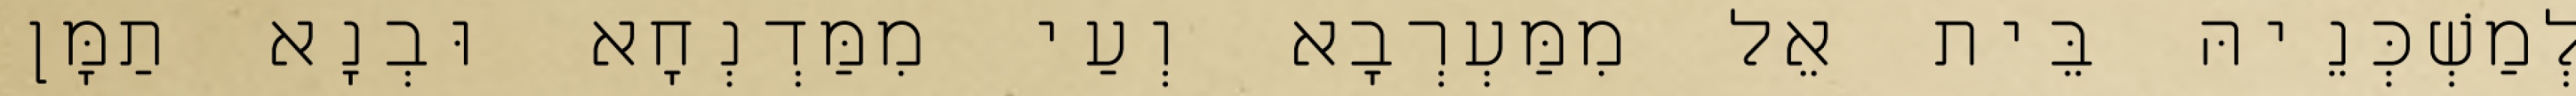
לְמַשְׁכְּנֵיהּ בֵּית אֵל מִמַּעְרְבָא וְעַי מִמַּדְנְחָא וּבְנָא תַמָּן